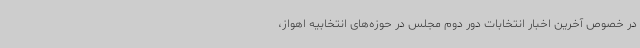
در خصوص آخرین اخبار انتخابات دور دوم مجلس در حوزه‌های انتخابیه اهواز،